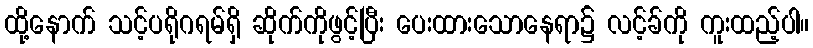
ထို့နောက် သင့်ပရိုဂရမ်ရှိ ဆိုက်ကိုဖွင့်ပြီး ပေးထားသောနေရာ၌ လင့်ခ်ကို ကူးထည့်ပါ။